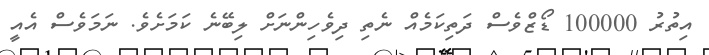
އިތުރު 100000 ޑޯޒްވެސް ދަތިކަމެއް ނެތި ދިވެހިންނަށް ލިބޭނެ ކަމަށެވެ. ނަމަވެސް އެއީ